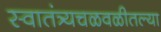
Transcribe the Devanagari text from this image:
स्वातंत्र्यचळवळीतल्या